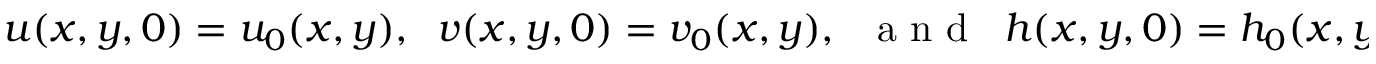
\begin{array} { r } { u ( x , y , 0 ) = u _ { 0 } ( x , y ) , \; \; v ( x , y , 0 ) = v _ { 0 } ( x , y ) , \; \; \mathrm { ~ a ~ n ~ d ~ } \; \; h ( x , y , 0 ) = h _ { 0 } ( x , y ) . } \end{array}